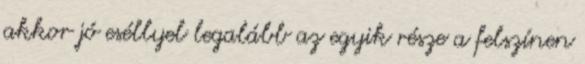
akkor jó eséllyel legalább az egyik része a felszínen